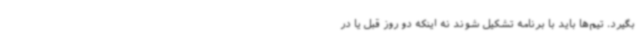
بگیرد. تیم‌ها باید با برنامه تشکیل شوند نه اینکه دو روز قبل یا در